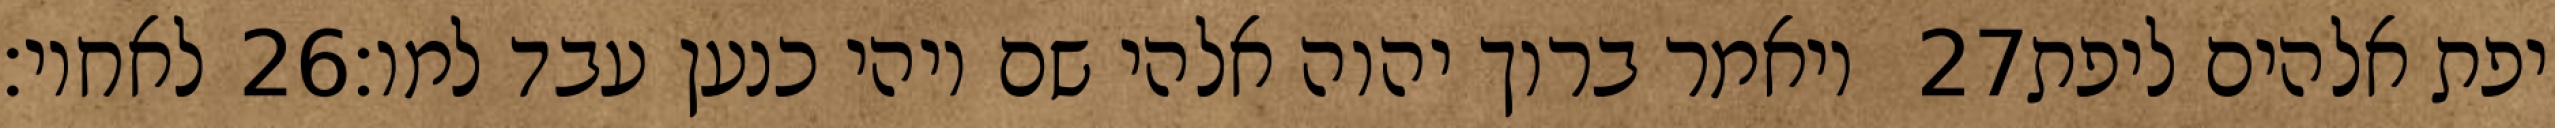
לאחיו׃ ‎26‏ ויאמר ברוך יהוה אלהי שם ויהי כנען עבד למו׃ ‎27‏ יפת אלהים ליפת